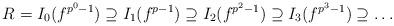
LaTeX: \begin{align*}R=I_0 (f^{p^0-1})\supseteq I_1 (f^{p-1})\supseteq I_2(f^{p^2-1})\supseteq I_3 (f^{p^3-1})\supseteq\ldots\end{align*}